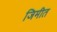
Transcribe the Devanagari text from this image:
जिमीत